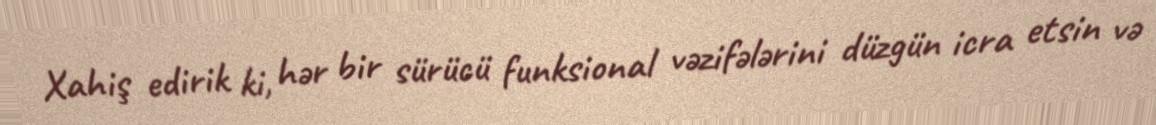
Xahiş edirik ki, hər bir sürücü funksional vəzifələrini düzgün icra etsin və